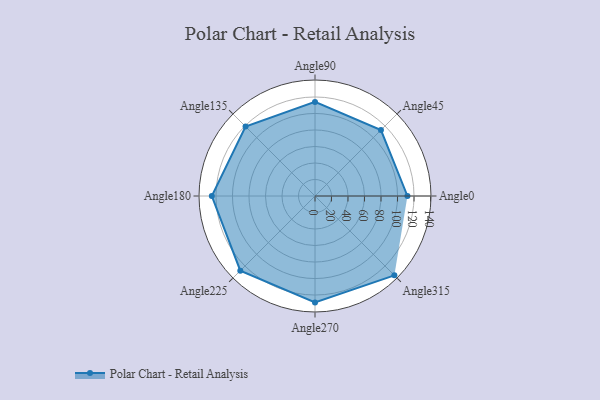
{"axis": {"x": "Angle", "y": "Radius"}, "legend": [""], "data": [{"x": "Angle0", "y": 112.0, "type": ""}, {"x": "Angle45", "y": 113.0, "type": ""}, {"x": "Angle90", "y": 114.0, "type": ""}, {"x": "Angle135", "y": 119.0, "type": ""}, {"x": "Angle180", "y": 125.0, "type": ""}, {"x": "Angle225", "y": 128.0, "type": ""}, {"x": "Angle270", "y": 129.0, "type": ""}, {"x": "Angle315", "y": 136.0, "type": ""}]}